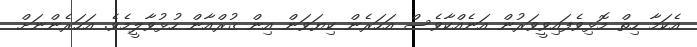
އެކަމާ ހިތް މޮޅިވެފައިވީވަރުން އަނެއްކާވެސް އަހަރެން ކިޔަވަން އިން ޤުރްއާން ހުޅުވާލީމެވެ. އަހަރެންނަށް